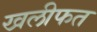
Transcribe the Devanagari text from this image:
खलीफत